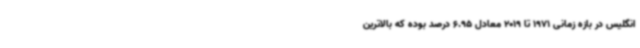
انگلیس در بازه زمانی 1971 تا 2019 معادل 6.95 درصد بوده که بالاترین